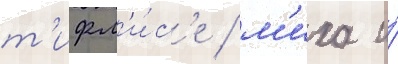
т'ифл'и́с'е / м'иха и́